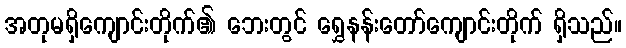
အတုမရှိကျောင်းတိုက်၏ ဘေးတွင် ရွှေနန်းတော်ကျောင်းတိုက် ရှိသည်။